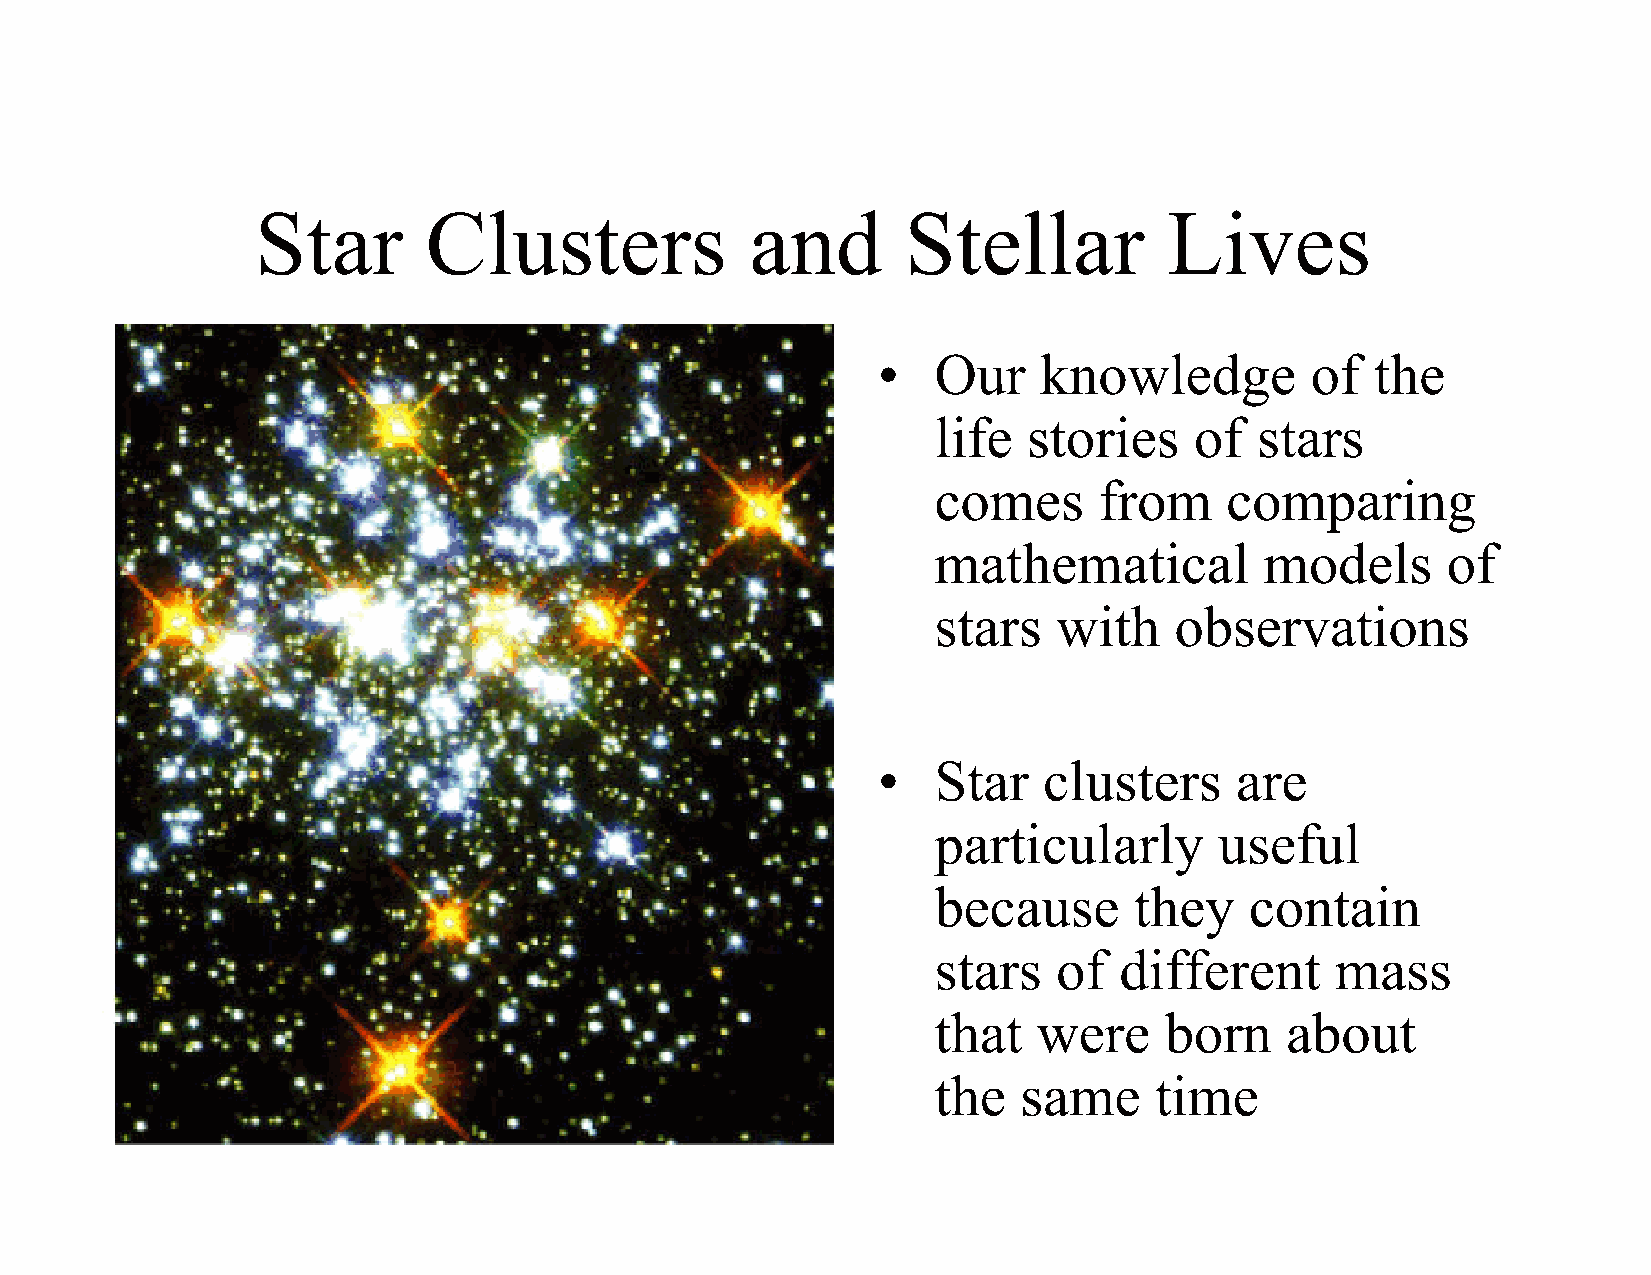
Star       Clusters              and       Stellar          Lives
 •   Our    knowledge         of  the
 life  stories    of  stars
 comes      from    comparing
 mathematical          models      of
 stars   with    observations
 •   Star   clusters     are
 particularly       useful
 because      they    contain
 stars   of  different     mass
 that   were    born    about
 the   same    time